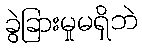
ခွဲခြားမှုမရှိဘဲ